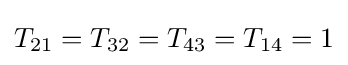
T_{21}=T_{32}=T_{43}=T_{14}=1